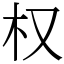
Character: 权